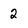
Character: 2